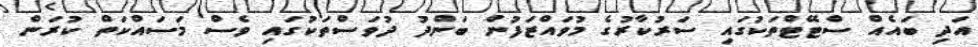
އަދި ބައެއް ސްޓޭޓްތަކުގައި ސަރުކާރުގެ މުވައްޒަފުން ބަންދު ދުވަސްތަކުގައި ވެސް މަސައްކަތް ކުރަން